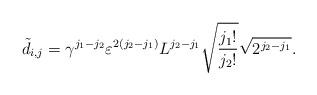
LaTeX: \begin{align*}\tilde d_{i,j} = \gamma^{j_1-j_2}\varepsilon^{2(j_2-j_1)} L^{j_2-j_1} \sqrt{\frac{j_1 !}{j_2 !}}\sqrt{2^{j_2-j_1}}.\end{align*}